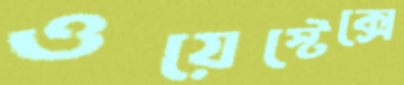
ওয়েস্টেক্সে